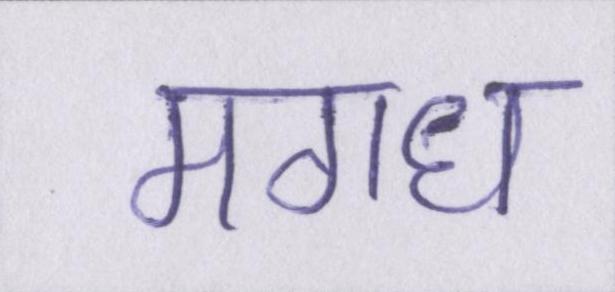
मगध